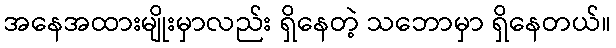
အနေအထားမျိုးမှာလည်း ရှိနေတဲ့ သဘောမှာ ရှိနေတယ်။